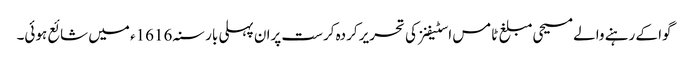
گوا کے رہنے والے مسیحی مبلغ ٹامس اسٹیفنز کی تحریر کردہ کرست پران پہلی بار سنہ 1616ء میں شائع ہوئی۔